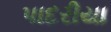
પાદરીયા